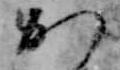
か